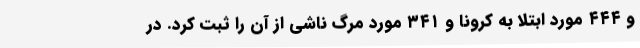
و ۴۴۴ مورد ابتلا به کرونا و ۳۴۱ مورد مرگ ناشی از آن را ثبت کرد. در